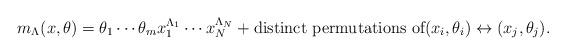
LaTeX: \begin{gather*}m_\Lambda(x,\theta)=\theta_{1} \cdots\theta_{m} x_1^{\Lambda_1} \cdots x_N^{\Lambda_N}+\text{distinct permutations of$(x_i,\theta_i)\leftrightarrow (x_j,\theta_j)$}.\end{gather*}